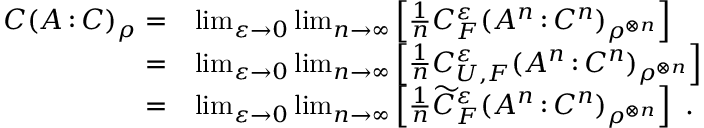
\begin{array} { r l } { C ( A { \, : \, } C ) _ { \rho } = } & { \operatorname* { l i m } _ { \varepsilon \to 0 } \operatorname* { l i m } _ { n \to \infty } \left[ \frac { 1 } { n } C _ { F } ^ { \varepsilon } ( A ^ { n } { \, : \, } C ^ { n } ) _ { \rho ^ { \otimes n } } \right] } \\ { = } & { \operatorname* { l i m } _ { \varepsilon \to 0 } \operatorname* { l i m } _ { n \to \infty } \left[ \frac { 1 } { n } C _ { U , F } ^ { \varepsilon } ( A ^ { n } { \, : \, } C ^ { n } ) _ { \rho ^ { \otimes n } } \right] } \\ { = } & { \operatorname* { l i m } _ { \varepsilon \to 0 } \operatorname* { l i m } _ { n \to \infty } \left[ \frac { 1 } { n } \widetilde { C } _ { F } ^ { \varepsilon } ( A ^ { n } { \, : \, } C ^ { n } ) _ { \rho ^ { \otimes n } } \right] \ . } \end{array}